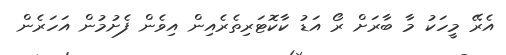
އެރޭ މީހަކު މާ ބާރަށް ރޯ އަޑު ކާކޮޓަރިތެރެއިން އިވެން ފެށުމުން އަހަރެން